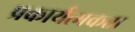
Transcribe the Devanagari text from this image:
प्रकार्यत्मकता